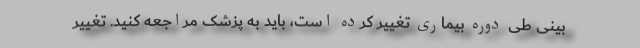
بینی طی دوره بیماری تغییر کرده است، باید به پزشک مراجعه کنید. تغییر